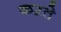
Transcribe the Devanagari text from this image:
कऱते